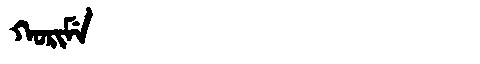
Manchu: ᡴᠣᡵᡳᠮᡝ
Romanization: KORIME